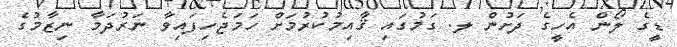
ޑީގެ ލޯން އެހީގެ ދަށުން ލ. ގަމުގައި ޤާއިމުކުރުމަށް ހަމަޖެހިފައިވާ ނަރުދަމާ ނިޒާމުގެ